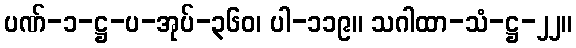
ပဏ်-၁-ဋ္ဌ-ပ-အုပ်-၃၆၀၊ ပါ-၁၁၉။ သဂါထာ-သံ-ဋ္ဌ-၂၂။